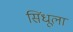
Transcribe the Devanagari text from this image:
सिंधूला